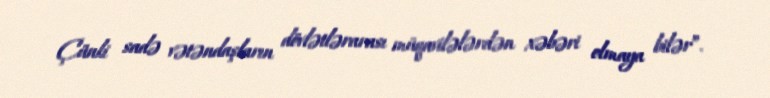
Çünki sadə vətəndaşların dövlətlərarası müqavilələrdən xəbəri olmaya bilər”.